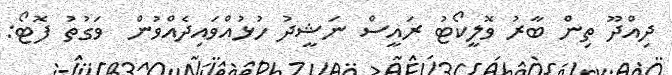
ދިއްދޫ ތިން ބާރު ވޮލީކޯޓު ރައީސް ނަޝީދު ހުޅުއްވައިދެއްވުން  ވަގުތު ފޮޓޯ: